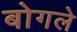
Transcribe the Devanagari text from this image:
बोगले